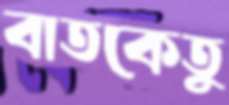
বাতকেতু